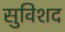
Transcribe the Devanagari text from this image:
सुविशद